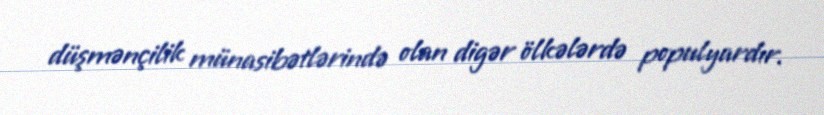
düşmənçilik münasibətlərində olan digər ölkələrdə populyardır.